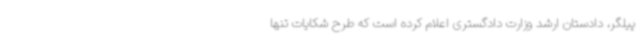
پیلگر، دادستان ارشد وزارت دادگستری اعلام کرده است که طرح شکایات تنها